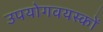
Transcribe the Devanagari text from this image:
उपयोगवयस्कों